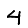
Digit: 4